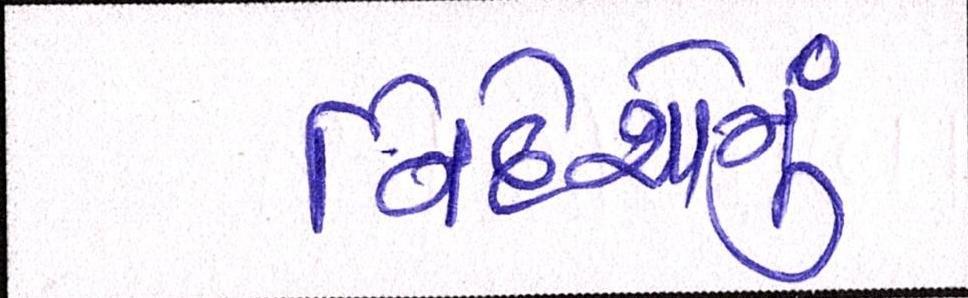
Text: નિર્દેશોનું